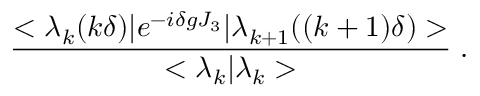
\frac { < \lambda _ { k } ( k \delta ) | e ^ { - i \delta g J _ { 3 } } | \lambda _ { k + 1 } ( ( k + 1 ) \delta ) > } { < \lambda _ { k } | \lambda _ { k } > } \; .